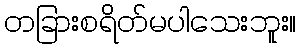
တခြားစရိတ်မပါသေးဘူး။